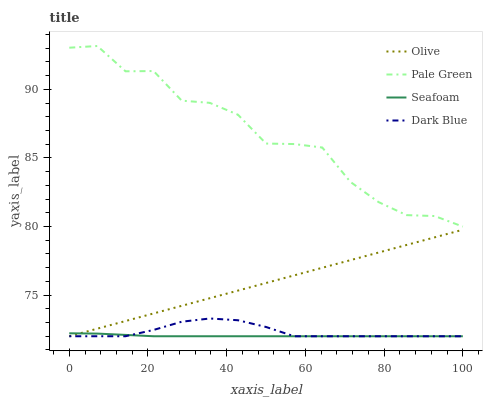
| xaxis_label | Olive | Pale Green | Seafoam | Dark Blue |
 | --- | --- | --- | --- | --- |
 | 0 | 72 | 93 | 72.2 | 72 |
 | 7.14 | 72.6 | 93.2 | 72.2 | 72 |
 | 14.3 | 73.1 | 91.3 | 72.1 | 72 |
 | 21.4 | 73.7 | 91.3 | 72 | 72.5 |
 | 28.6 | 74.2 | 89.2 | 72 | 73.1 |
 | 35.7 | 74.8 | 89 | 72 | 73.3 |
 | 42.9 | 75.3 | 88.2 | 72 | 73.2 |
 | 50 | 75.9 | 86.1 | 72 | 72.7 |
 | 57.1 | 76.4 | 86 | 72 | 72 |
 | 64.3 | 77 | 85.8 | 72 | 72 |
 | 71.4 | 77.5 | 83.3 | 72 | 72 |
 | 78.6 | 78.1 | 81.8 | 72 | 72 |
 | 85.7 | 78.7 | 80.8 | 72 | 72 |
 | 92.9 | 79.2 | 80.8 | 72 | 72 |
 | 100 | 79.8 | 80 | 72 | 72 |